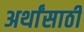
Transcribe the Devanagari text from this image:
अर्थांसाठी